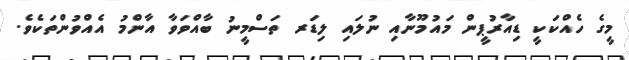
މީގެ ހެއްކަކީ ޑިއާރުޕީން މައުމޫނާއި ނުލައި ލިޑަރ ތަސްމީނު ބާއްވަވާ އާންމު އެއްވުންތަކެވެ.